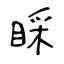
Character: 睬